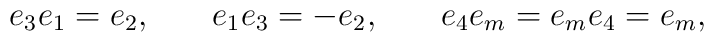
e_3e_1=e_2,\hspace{0.3in}e_1e_3=-e_2,\hspace{0.3in}e_4e_m=e_me_4=e_m,